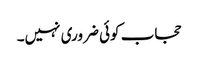
حجاب کوئی ضروری نہیں۔